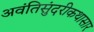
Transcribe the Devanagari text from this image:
अवंतिसुंदरीकथासार